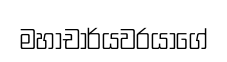
මහාචාර්යවරයාගේ